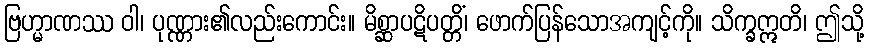
ဗြဟ္မာဏဿ ဝါ၊ ပုဏ္ဏား၏လည်းကောင်း။ မိစ္ဆာပဋိပတ္တိံ၊ ဖောက်ပြန်သောအကျင့်ကို။ သိက္ခဣတိ၊ ဤသို့